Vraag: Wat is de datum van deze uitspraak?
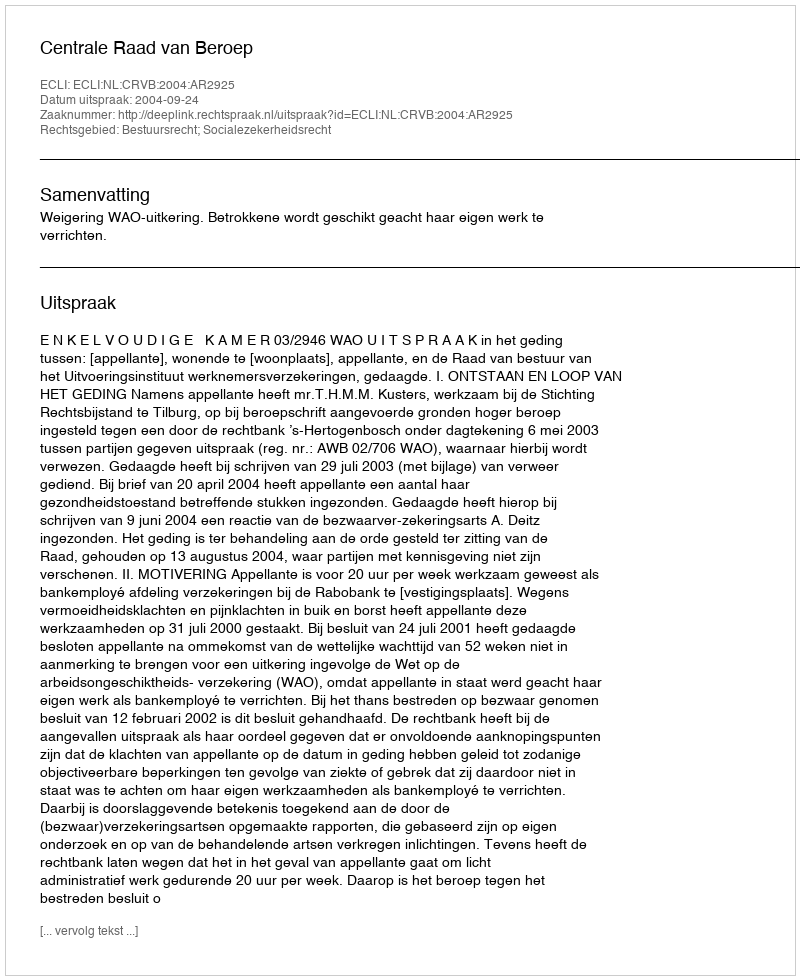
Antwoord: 2004-09-24